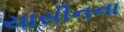
યાસીનના